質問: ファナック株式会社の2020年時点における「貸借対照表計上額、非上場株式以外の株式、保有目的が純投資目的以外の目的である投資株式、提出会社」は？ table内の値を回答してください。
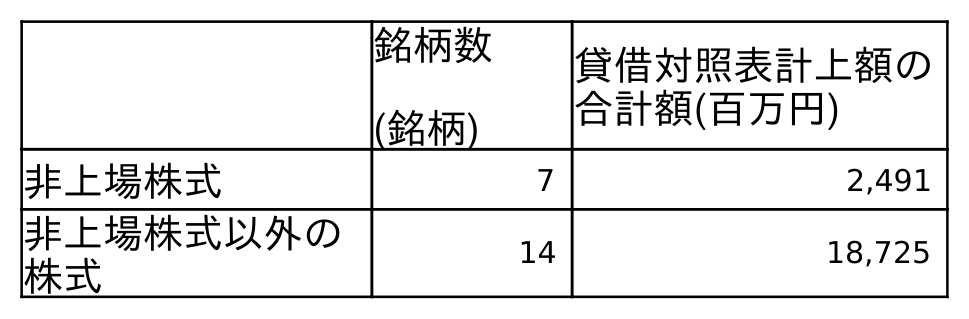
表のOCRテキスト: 銘柄数 (銘柄) 貸借対照表計上額の 合計額(百万円) 非上場株式 7 2,491 非上場株式以外の 株式 14 18,725
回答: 18,725